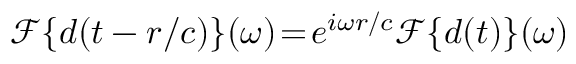
\mathcal { F } \{ d ( t - r / c ) \} ( \omega ) \! = \! e ^ { i \omega r / c } \mathcal { F } \{ d ( t ) \} ( \omega )